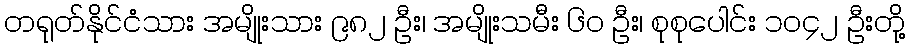
တရုတ်နိုင်ငံသား အမျိုးသား ၉၈၂ ဦး၊ အမျိုးသမီး ၆၀ ဦး၊ စုစုပေါင်း ၁၀၄၂ ဦးတို့